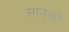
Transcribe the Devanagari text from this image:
सानको